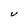
Character: V